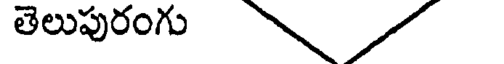
తెలుపురంగు